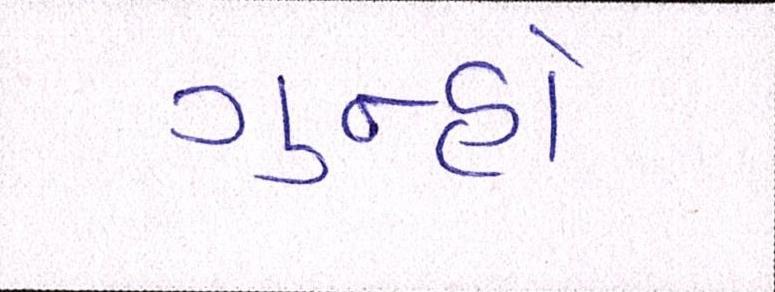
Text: ગુન્હો